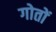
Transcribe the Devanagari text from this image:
गोतों